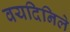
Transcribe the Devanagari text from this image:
वयदिनिले